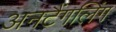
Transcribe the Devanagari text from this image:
अनटैंगलिंग